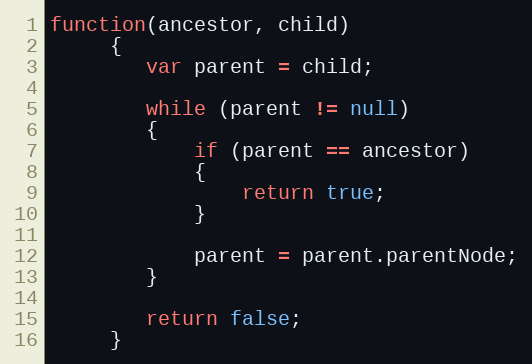
Language: JavaScript
function(ancestor, child)
	 {
	 	var parent = child;

	 	while (parent != null)
	 	{
	 		if (parent == ancestor)
	 		{
	 			return true;
	 		}

	 		parent = parent.parentNode;
	 	}

	 	return false;
	 }